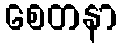
စေတနာ